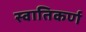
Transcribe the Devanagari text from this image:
स्वातिकर्ण